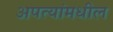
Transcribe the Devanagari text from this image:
अपत्यांमधील